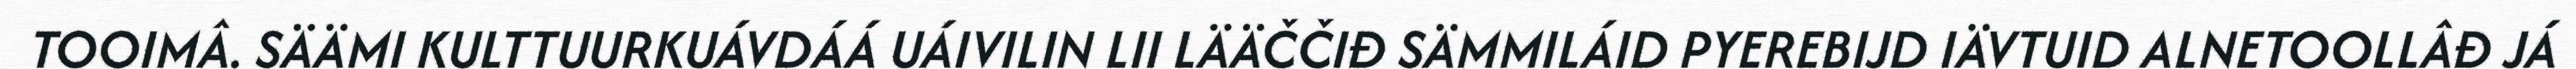
TOOIMÂ. SÄÄMI KULTTUURKUÁVDÁÁ UÁIVILIN LII LÄÄČČIĐ SÄMMILÁID PYEREBIJD IÄVTUID ALNETOOLLÂĐ JÁ